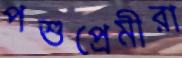
পশুপ্রেমীরা